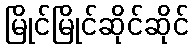
မြိုင်မြိုင်ဆိုင်ဆိုင်